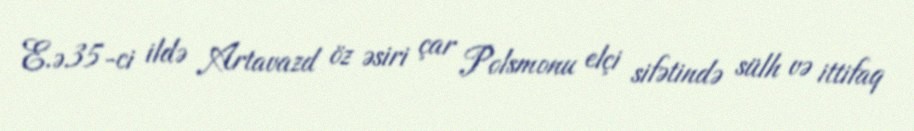
E.ə.35-ci ildə Artavazd öz əsiri çar Polsmonu elçi sifətində sülh və ittifaq